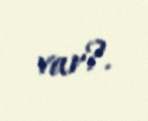
var?.